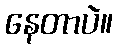
နေတာပဲ။